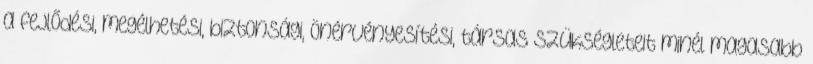
a fejlődési, megélhetési, biztonsági, önérvényesítési, társas szükségleteit minél magasabb